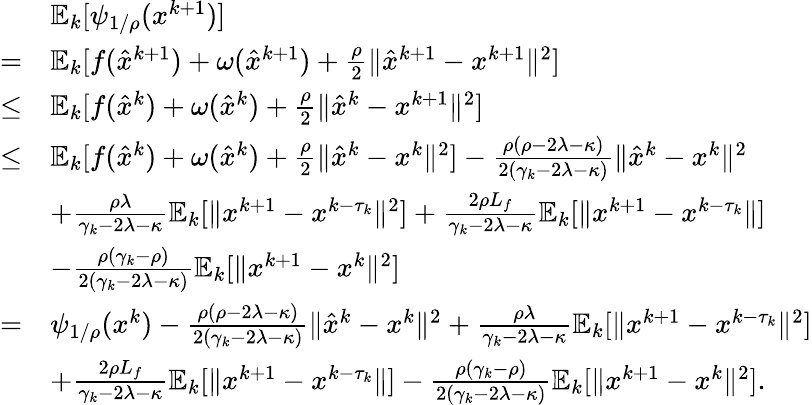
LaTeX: \begin{array}{rl}&{\mathbb{E}_{k}[\psi_{1/\rho}(x^{k+1})]}\\ {=}&{\mathbb{E}_{k}[f(\hat{x}^{k+1})+\omega(\hat{x}^{k+1})+\frac{\rho}{2}\| \hat{x}^{k+1}-x^{k+1}\| ^{2}]}\\ {\leq}&{\mathbb{E}_{k}[f(\hat{x}^{k})+\omega(\hat{x}^{k})+\frac{\rho}{2}\| \hat{x}^{k}-x^{k+1}\| ^{2}]}\\ {\leq}&{\mathbb{E}_{k}[f(\hat{x}^{k})+\omega(\hat{x}^{k})+\frac{\rho}{2}\| \hat{x}^{k}-x^{k}\| ^{2}]-\frac{\rho(\rho-2\lambda-\kappa)}{2(\gamma_{k}-2\lambda-\kappa)}\| \hat{x}^{k}-x^{k}\| ^{2}}\\ &{+\frac{\rho\lambda}{\gamma_{k}-2\lambda-\kappa}\mathbb{E}_{k}[\| x^{k+1}-x^{k-\tau_{k}}\| ^{2}]+\frac{2\rho L_{f}}{\gamma_{k}-2\lambda-\kappa}\mathbb{E}_{k}[\| x^{k+1}-x^{k-\tau_{k}}\| ]}\\ &{-\frac{\rho(\gamma_{k}-\rho)}{2(\gamma_{k}-2\lambda-\kappa)}\mathbb{E}_{k}[\| x^{k+1}-x^{k}\| ^{2}]}\\ {=}&{\psi_{1/\rho}(x^{k})-\frac{\rho(\rho-2\lambda-\kappa)}{2(\gamma_{k}-2\lambda-\kappa)}\| \hat{x}^{k}-x^{k}\| ^{2}+\frac{\rho\lambda}{\gamma_{k}-2\lambda-\kappa}\mathbb{E}_{k}[\| x^{k+1}-x^{k-\tau_{k}}\| ^{2}]}\\ &{+\frac{2\rho L_{f}}{\gamma_{k}-2\lambda-\kappa}\mathbb{E}_{k}[\| x^{k+1}-x^{k-\tau_{k}}\| ]-\frac{\rho(\gamma_{k}-\rho)}{2(\gamma_{k}-2\lambda-\kappa)}\mathbb{E}_{k}[\| x^{k+1}-x^{k}\| ^{2}].}\end{array}